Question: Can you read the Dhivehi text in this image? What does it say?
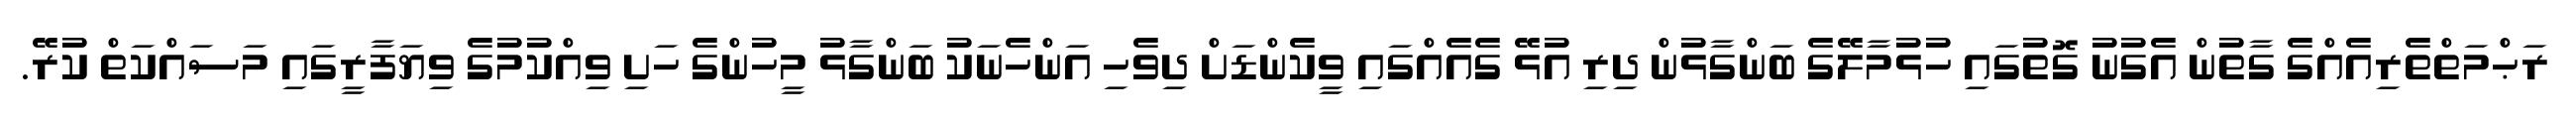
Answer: ރަޙްމަތްތެރިއެއްގެ ގާތުން އެގުނު ގޮތުގައި ހުޅުމާލޭގެ ބަންގާޅުން ދިރި އުޅޭ ގެއެއްގައި ވީކެންޑަށް ދިވެހި އަންހެނަކު ބަންގާޅު މީހުންގެ ހަށި ވިއްކުމުގެ ވިޔަފާރީގައި މަސައްކަތް ކުރޭ.